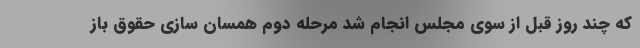
که چند روز قبل از سوی مجلس انجام شد مرحله دوم همسان سازی حقوق باز